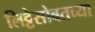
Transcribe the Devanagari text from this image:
लिट्टेसोबतच्या